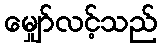
မျှော်လင့်သည်